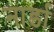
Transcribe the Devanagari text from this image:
नार्डा